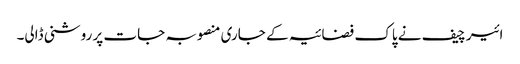
ائیر چیف نے پاک فضائیہ کے جاری منصوبہ جات پر روشنی ڈالی۔